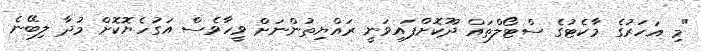
"މި އަހަރުގެ މާކެޓުގެ ސްޓޯލްތައް ދޫކޮށްފައިވަނީ ރައްޔިތުންނަށް ވީހާވެސް އަގުހެޔޮކޮށް މުދާ ލިބޭނެ